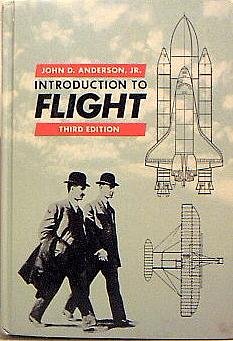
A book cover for Introduction to Flight (Mcgraw-Hill Series in Aeronautical and Aerospace Engineering); John D. Anderson; Sports & Outdoors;